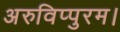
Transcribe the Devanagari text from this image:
अरुविप्पुरम।